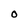
Character: O